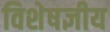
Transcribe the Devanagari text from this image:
विशेषज्ञीय